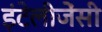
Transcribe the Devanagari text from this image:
इंटेलीजेंसी